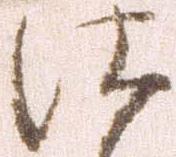
仕